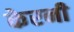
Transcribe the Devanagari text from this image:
केरनी